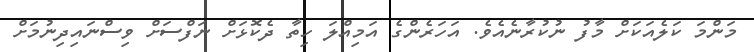
މަންމަ ކަލެއަކަށް މާފު ނުކުރާނެއެވެ. އަހަރެންގެ އަމިއްލަ ހިތާ ދެކޮޅަށް ނަފްސަށް ވިސްނައިދިނުމަށް